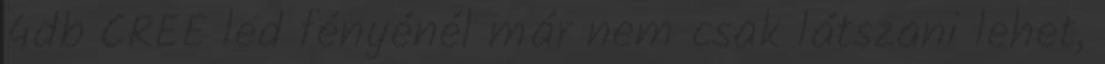
4db CREE led fényénél már nem csak látszani lehet,